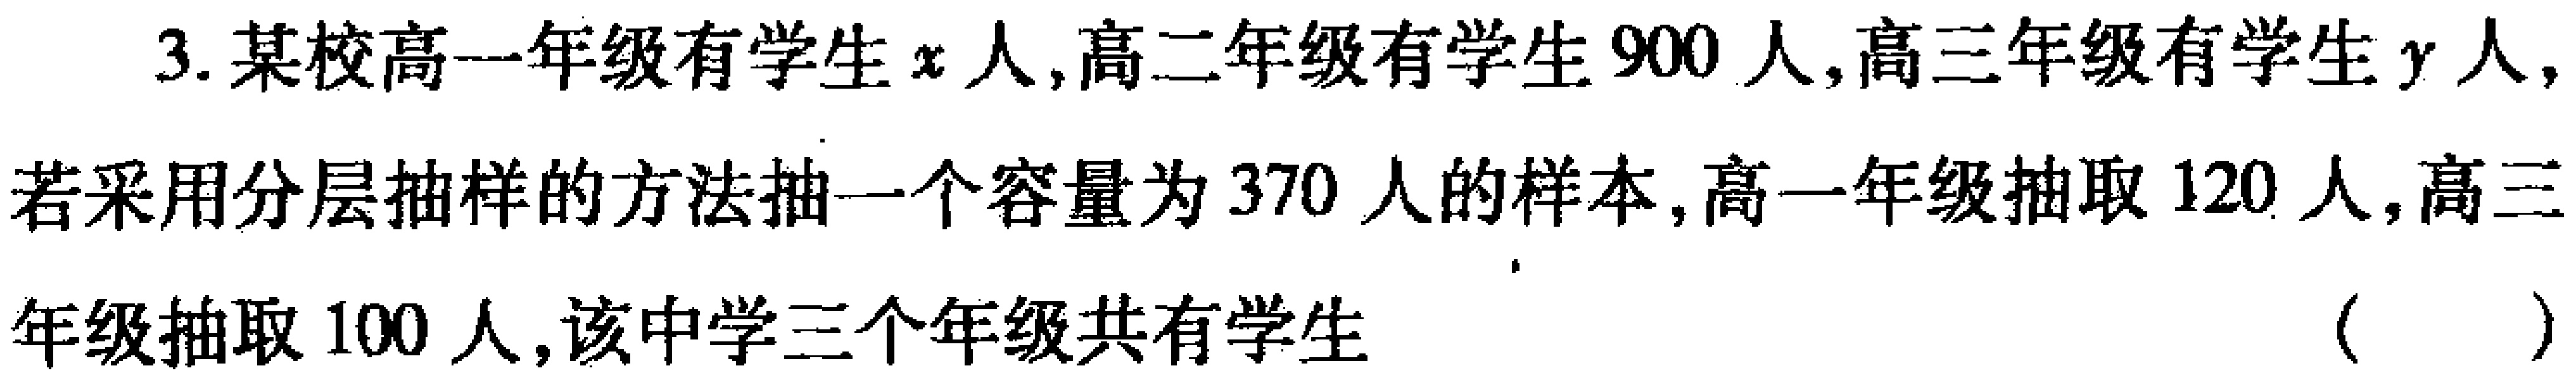
3. 某校高一年级有学生\(x\)人,高二年级有学生\(900\)人,高三年级有学生\(y\)人,若采用分层抽样的方法抽一个容量为\(370\)人的样本,高一年级抽取\(120\)人,高三年级抽取\(100\)人,该中学三个年级共有学生（  ）